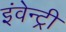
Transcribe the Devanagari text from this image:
इंवेन्ट्री